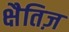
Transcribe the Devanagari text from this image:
क्षैतिज़